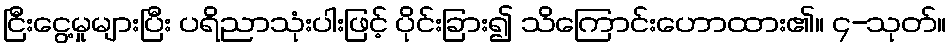
ငြီးငွေ့မှုများပြီး ပရိညာသုံးပါးဖြင့် ပိုင်းခြား၍ သိကြောင်းဟောထား၏။ ၄-သုတ်။